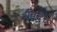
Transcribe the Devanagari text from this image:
विंटैट